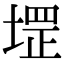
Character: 堽